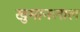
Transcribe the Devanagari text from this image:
खुमानलाल